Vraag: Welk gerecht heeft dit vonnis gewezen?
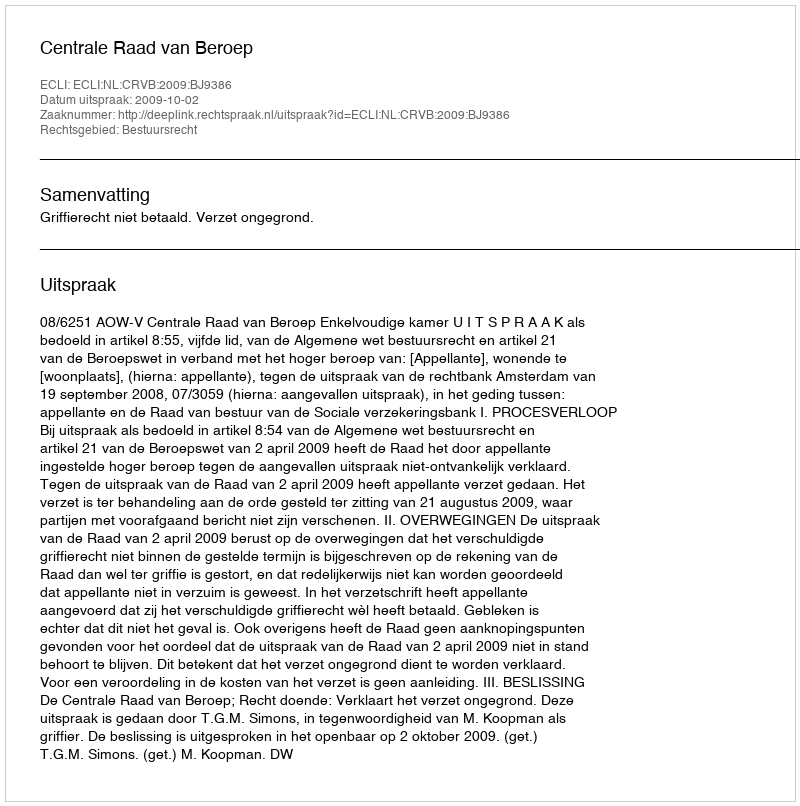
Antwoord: Centrale Raad van Beroep